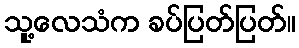
သူ့လေသံက ခပ်ပြတ်ပြတ်။